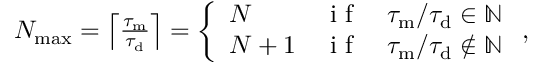
\begin{array} { r } { N _ { \mathrm { m a x } } = \left\lceil \frac { \tau _ { \mathrm { m } } } { \tau _ { \mathrm { d } } } \right\rceil = \left\{ \begin{array} { l c l } { N } & { \textrm { i f } } & { \tau _ { \mathrm { m } } / \tau _ { \mathrm { d } } \in \mathbb { N } } \\ { N + 1 } & { \textrm { i f } } & { \tau _ { \mathrm { m } } / \tau _ { \mathrm { d } } \notin \mathbb { N } } \end{array} \right. , } \end{array}